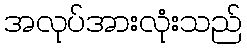
အလုပ်အားလုံးသည်